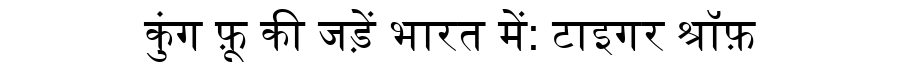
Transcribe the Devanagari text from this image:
कुंग फ़ू की जड़ें भारत में: टाइगर श्रॉफ़